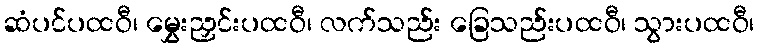
ဆံပင်ပထဝီ၊ မွှေးညှင်းပထဝီ၊ လက်သည်း ခြေသည်းပထဝီ၊ သွားပထဝီ၊